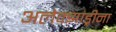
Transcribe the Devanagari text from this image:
अलेक्झांड्रीना